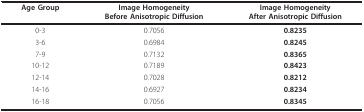
<table><thead><tr><td><b>Age Group</b></td><td><b>Image HomogeneityBefore Anisotropic Diffusion</b></td><td><b>Image HomogeneityAfter Anisotropic Diffusion</b></td></tr></thead><tbody><tr><td>0-3</td><td>0.7056</td><td><b>0.8235</b></td></tr><tr><td>3-6</td><td>0.6984</td><td><b>0.8245</b></td></tr><tr><td>7-9</td><td>0.7132</td><td><b>0.8365</b></td></tr><tr><td>10-12</td><td>0.7189</td><td><b>0.8423</b></td></tr><tr><td>12-14</td><td>0.7028</td><td><b>0.8212</b></td></tr><tr><td>14-16</td><td>0.6927</td><td><b>0.8234</b></td></tr><tr><td>16-18</td><td>0.7056</td><td><b>0.8345</b></td></tr></tbody></table>